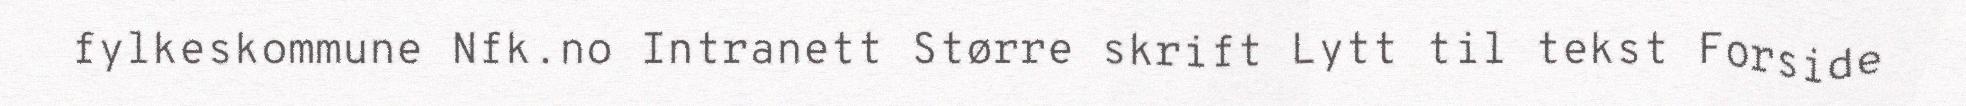
fylkeskommune Nfk.no Intranett Større skrift Lytt til tekst Forside